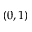
( 0 , 1 )